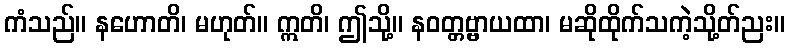
ကံသည်။ နဟောတိ၊ မဟုတ်။ ဣတိ၊ ဤသို့။ နဝတ္တဗ္ဗာယထာ၊ မဆိုထိုက်သကဲ့သို့တ်ညး။